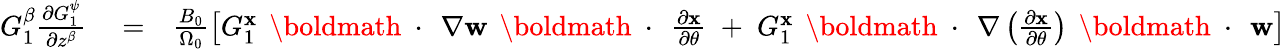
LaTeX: \begin{array}{rlr}{G_{1}^{\beta}\frac{\partial G_{1}^{\psi}}{\partial z^{\beta}}}&{{}=}&{\frac{B_{0}}{\Omega_{0}}\left[G_{1}^{\mathbf x}\, \mathrm{~\boldmath~\cdot~}\, \nabla{\mathbf w}\, \mathrm{~\boldmath~\cdot~}\, \frac{\partial\mathbf x}{\partial\theta}\; +\; G_{1}^{\mathbf x}\, \mathrm{~\boldmath~\cdot~}\, \nabla\left(\frac{\partial\mathbf x}{\partial\theta}\right)\, \mathrm{~\boldmath~\cdot~}\, {\mathbf w}\right]}\end{array}